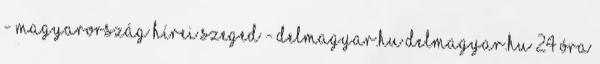
- Magyarország hírei Szeged - delmagyar.hu Delmagyar.hu 24 óra